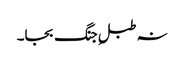
نہ طبلِ جنگ بجا۔